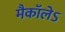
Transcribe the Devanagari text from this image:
मैकाॅलेऽ